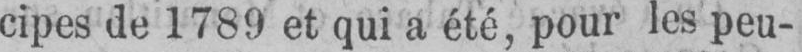
cipes de 1789 et qui a été, pour les peu-